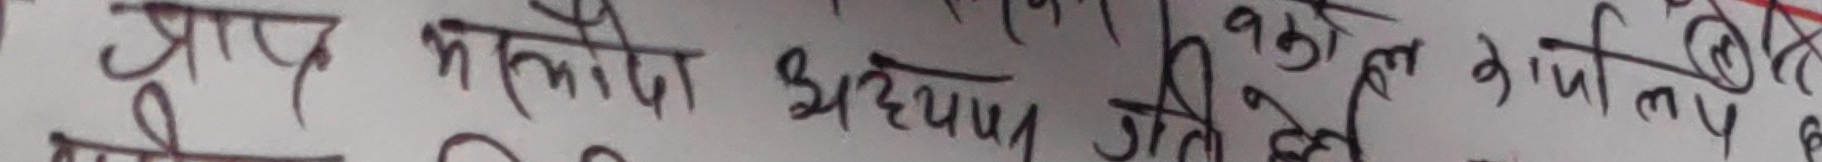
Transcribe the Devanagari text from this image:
प्राप्त मलोदा अध्ययन जीती खेल भर्ति हो